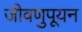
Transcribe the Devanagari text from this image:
जीवणुपूयन